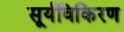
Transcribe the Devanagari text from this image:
सूर्यविकिरण